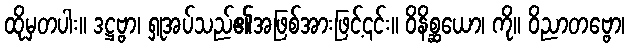
ထိုမှတပါး။ ဒဋ္ဌဗ္ဗာ၊ ရှုအပ်သည်၏အဖြစ်အားဖြင့်၎င်း။ ဝိနိစ္ဆယော၊ ကို။ ဝိညာတဗ္ဗော၊